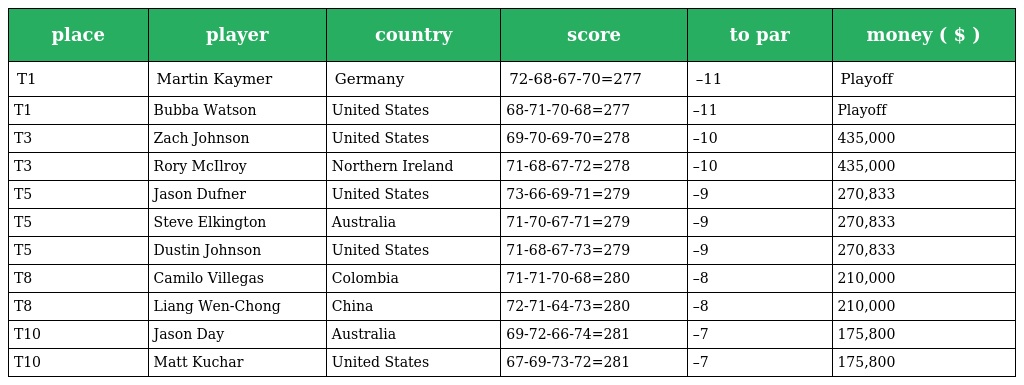
| place | player | country | score | to par | money ( $ ) |
 | --- | --- | --- | --- | --- | --- |
 | T1 | Martin Kaymer | Germany | 72-68-67-70=277 | –11 | Playoff |
 | T1 | Bubba Watson | United States | 68-71-70-68=277 | –11 | Playoff |
 | T3 | Zach Johnson | United States | 69-70-69-70=278 | –10 | 435,000 |
 | T3 | Rory McIlroy | Northern Ireland | 71-68-67-72=278 | –10 | 435,000 |
 | T5 | Jason Dufner | United States | 73-66-69-71=279 | –9 | 270,833 |
 | T5 | Steve Elkington | Australia | 71-70-67-71=279 | –9 | 270,833 |
 | T5 | Dustin Johnson | United States | 71-68-67-73=279 | –9 | 270,833 |
 | T8 | Camilo Villegas | Colombia | 71-71-70-68=280 | –8 | 210,000 |
 | T8 | Liang Wen-Chong | China | 72-71-64-73=280 | –8 | 210,000 |
 | T10 | Jason Day | Australia | 69-72-66-74=281 | –7 | 175,800 |
 | T10 | Matt Kuchar | United States | 67-69-73-72=281 | –7 | 175,800 |